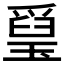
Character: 𤨐